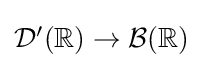
\textstyle {\mathcal {D}}'(\mathbb {R} )\to {\mathcal {B}}(\mathbb {R} )